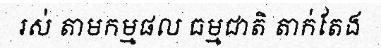
រស់ តាមកម្មផល ធម្មជាតិ តាក់តែង